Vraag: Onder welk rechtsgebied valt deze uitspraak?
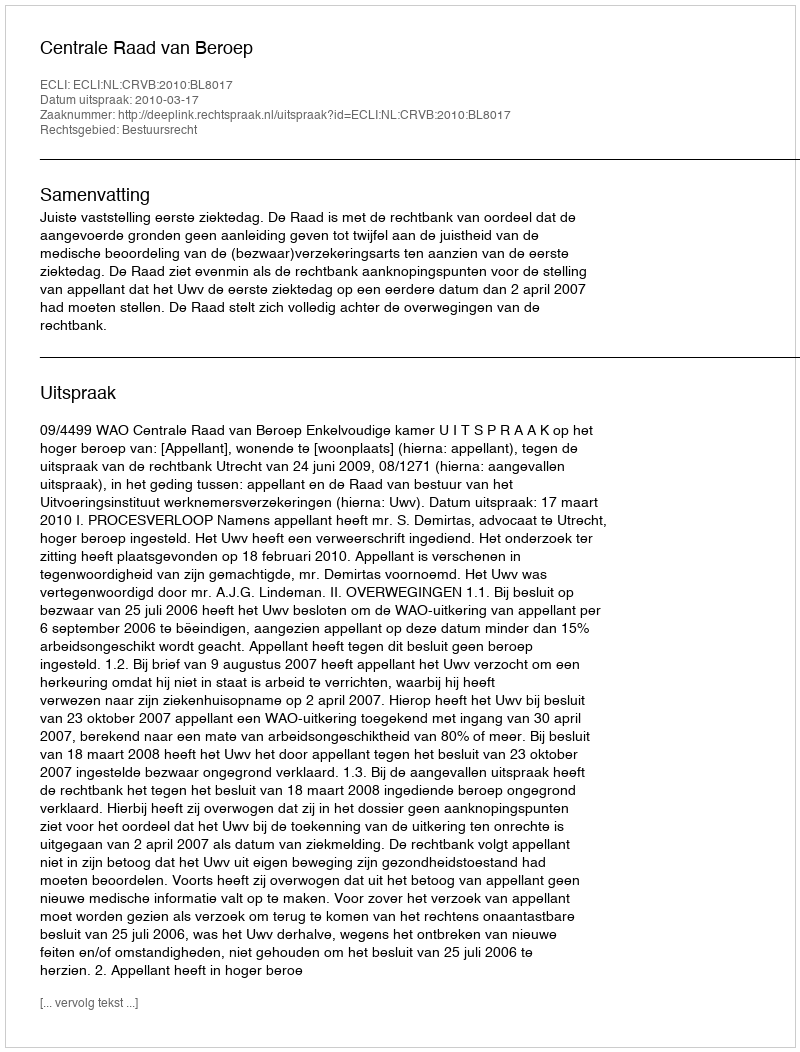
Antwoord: Bestuursrecht